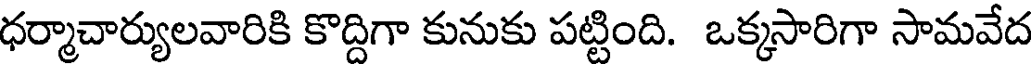
ధర్మాచార్యులవారికి కొద్దిగా కునుకు పట్టింది. ఒక్కసారిగా సామవేద